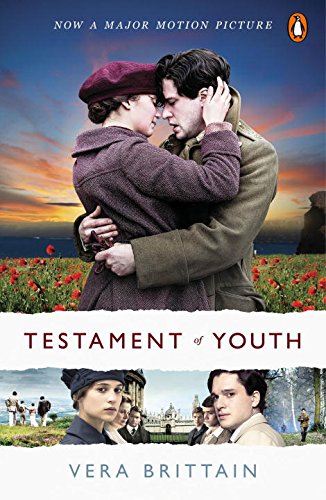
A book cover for Testament of Youth: (Movie Tie-In); Vera Brittain; History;